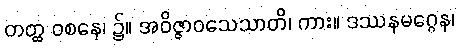
တတ္ထ ဝစနေ၊ ၌။ အဝိဇ္ဇာဝသေသာတိ၊ ကား။ ဒဿနမဂ္ဂေန၊